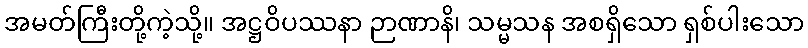
အမတ်ကြီးတို့ကဲ့သို့။ အဋ္ဌဝိပဿနာ ဉာဏာနိ၊ သမ္မသန အစရှိသော ရှစ်ပါးသော